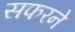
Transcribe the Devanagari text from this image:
सफरने